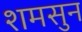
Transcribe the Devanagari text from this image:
शमसुन